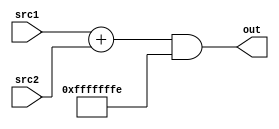
module adder32 (
	input wire [31:0] src1,
	input wire [31:0] src2,
	output wire [31:0] out
	);
	assign out = (src1 + src2) & 'hfffffffe;
endmodule